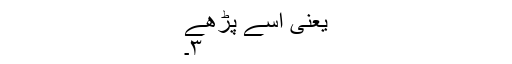
یعنی اسے پڑھے
۳۔